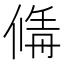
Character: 𠌚